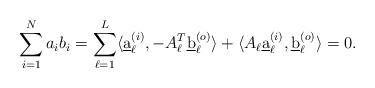
LaTeX: \begin{align*}\sum_{i=1}^Na_i b_i = \sum_{\ell = 1}^L \langle \underbar{a}^{(i)}_{\ell} , -A^T_{\ell} \underbar{b}^{(o)}_{\ell} \rangle + \langle A_{\ell} \underbar{a}^{(i)}_{\ell} , \underbar{b}^{(o)}_{\ell} \rangle = 0.\end{align*}